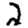
Digit: 2